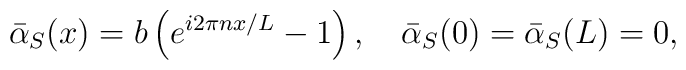
{\bar \alpha}_S(x) = b \left(e^{i 2 \pi n x  / L} -1  \right),\quad{\bar \alpha}_S(0) ={\bar \alpha}_S(L) = 0,